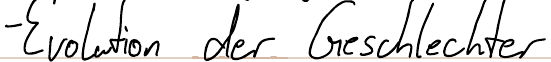
- Evolution der Geschlechter